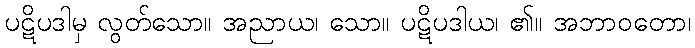
ပဋိပဒါမှ လွတ်သော။ အညာယ၊ သော။ ပဋိပဒါယ၊ ၏။ အဘာဝတော၊